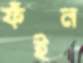
ফঁইন